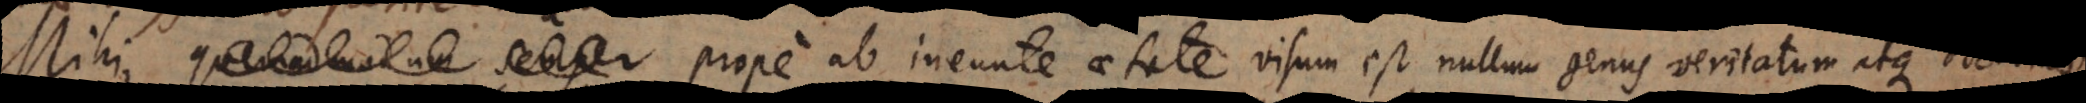
semper prope ab ineunte aetate visum est nullum genus veritatum atque d